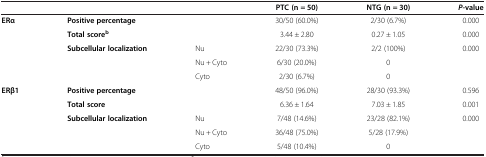
<table><thead><tr><td colspan="3"><b> </b></td><td><b>PTC (n = 50)</b></td><td><b>NTG (n = 30)</b></td><td><b><i>P-</i>value</b></td></tr></thead><tbody><tr><td rowspan="5"><b>ERα</b></td><td colspan="2"><b>Positive percentage</b></td><td>30/50 (60.0%)</td><td>2/30 (6.7%)</td><td>0.000</td></tr><tr><td colspan="2"><b>Total score</b><sup><b>b</b></sup></td><td>3.44 ± 2.80</td><td>0.27 ± 1.05</td><td>0.000</td></tr><tr><td rowspan="3"><b>Subcellular localization</b></td><td>Nu</td><td>22/30 (73.3%)</td><td>2/2 (100%)</td><td rowspan="3">0.000</td></tr><tr><td>Nu + Cyto</td><td>6/30 (20.0%)</td><td>0</td></tr><tr><td>Cyto</td><td>2/30 (6.7%)</td><td>0</td></tr><tr><td rowspan="5"><b>ERβ1</b></td><td colspan="2"><b>Positive percentage</b></td><td>48/50 (96.0%)</td><td>28/30 (93.3%)</td><td>0.596</td></tr><tr><td colspan="2"><b>Total score</b></td><td>6.36 ± 1.64</td><td>7.03 ± 1.85</td><td>0.001</td></tr><tr><td rowspan="3"><b>Subcellular localization</b></td><td>Nu</td><td>7/48 (14.6%)</td><td>23/28 (82.1%)</td><td rowspan="3">0.000</td></tr><tr><td>Nu + Cyto</td><td>36/48 (75.0%)</td><td>5/28 (17.9%)</td></tr><tr><td>Cyto</td><td>5/48 (10.4%)</td><td>0</td></tr></tbody></table>